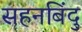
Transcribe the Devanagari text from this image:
सहनबिंदु